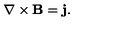
{ \bf \nabla } \times { \bf B } = { \bf j } .